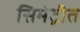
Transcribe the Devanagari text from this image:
सिमेट्रीत